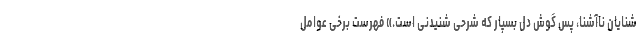
شنایان ناآشنا، پس گوش دل بسپار که شرحی شنیدنی است.» فهرست برخی عوامل